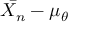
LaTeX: { \bar { X _ { n } } } - \mu _ { \theta }